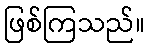
ဖြစ်ကြသည်။